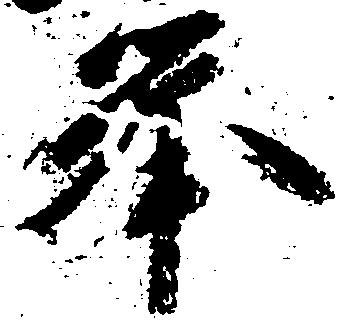
挙